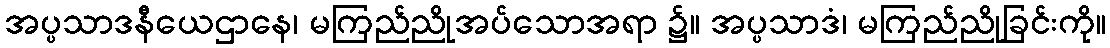
အပ္ပသာဒနီယေဌာနေ၊ မကြည်ညိုအပ်သောအရာ ၌။ အပ္ပသာဒံ၊ မကြည်ညိုခြင်းကို။